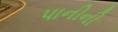
પાનીની